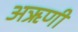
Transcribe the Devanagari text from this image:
अऋणी